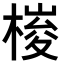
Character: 𣖱